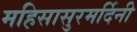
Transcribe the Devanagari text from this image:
महिसासुरमर्दिनी